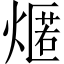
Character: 𤎐